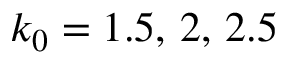
k _ { 0 } = 1 . 5 , \, 2 , \, 2 . 5